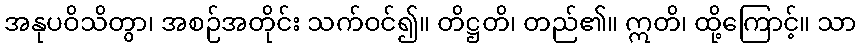
အနုပဝိသိတွာ၊ အစဉ်အတိုင်း သက်ဝင်၍။ တိဋ္ဌတိ၊ တည်၏။ ဣတိ၊ ထို့ကြောင့်။ သာ